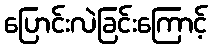
ပြောင်းလဲခြင်းကြောင့်